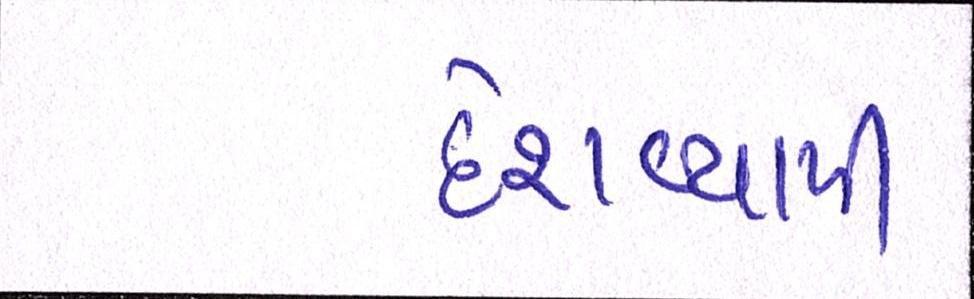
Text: દેશવ્યાપી